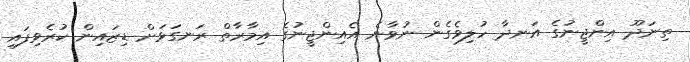
ތިނަދޫ އިންޖީނުގެ އަނދާ ހުލިވެގެން ނުވާނެ އެއިންޖީނުގެ އިމާރާތް ރަނގަޅަށް ޑިޒައިން ކުރެވިފައި